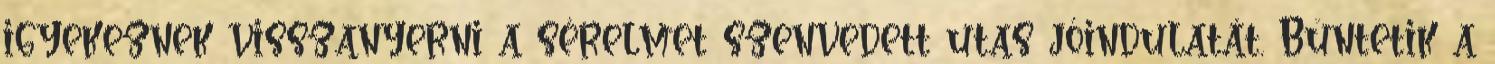
igyekeznek visszanyerni a sérelmet szenvedett utas jóindulatát. Büntetik a